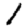
Digit: 1